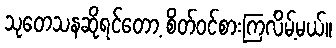
သုတေသနဆိုရင်တော့ စိတ်ဝင်စားကြလိမ့်မယ်။